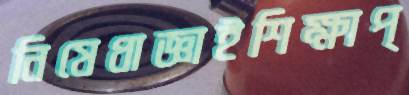
নিষেধাজ্ঞাইশিক্ষাপ্